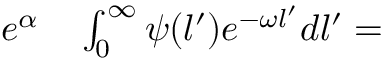
\begin{array} { r l } { e ^ { \alpha } } & { { } \int _ { 0 } ^ { \infty } \psi ( l ^ { \prime } ) e ^ { - \omega l ^ { \prime } } d l ^ { \prime } = } \end{array}